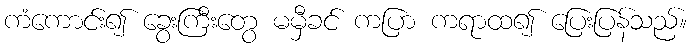
ကံကောင်း၍ ခွေးကြီးတွေ မမှီခင် ကပြာ ကရာထ၍ ပြေးပြန်သည်။